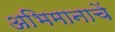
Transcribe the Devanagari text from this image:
अभिमानाचें